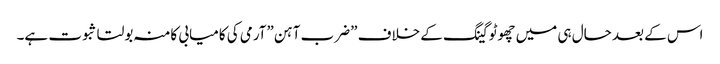
اس کے بعد حال ہی میں چھوٹوگینگ کے خلاف ”ضرب آہن”آرمی کی کامیابی کامنہ بولتا ثبوت ہے۔